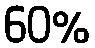
60%